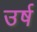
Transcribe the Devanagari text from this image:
उर्ष